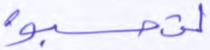
لتحسبوه